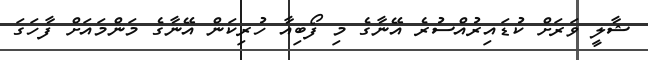
ޝާލީ ވަރަށް ކުޑައިރުއްސުރެ އޭނާގެ މި ފޯބިއާ ހުރިކަން އޭނާގެ މަންމައަށް ފާހަގަ